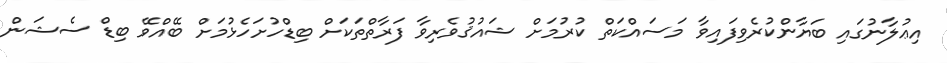
އިޢުލާނުގައި ބަޔާންކުރެވިފައިވާ މަސައްކަތް ކުރުމަށް ޝައުޤުވެރިވާ ފަރާތްތަކަށް ބިޑްހުށަހެޅުމަށް ބޭއްވޭ ބިޑް ސެޝަން